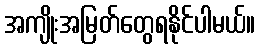
အကျိုးအမြတ်တွေရနိုင်ပါမယ်။